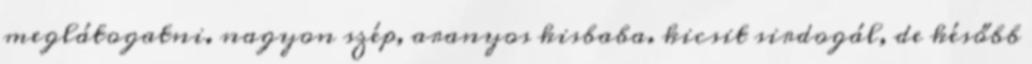
meglátogatni. nagyon szép, aranyos kisbaba. kicsit sirdogál, de később